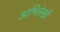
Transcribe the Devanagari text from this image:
आभिलेखों